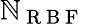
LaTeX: \mathbb{N}_{\mathrm{{~R~B~F~}}}